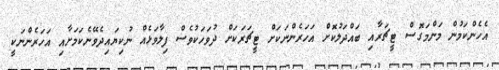
އެހެންކަމުން މަންމަގޮސް ޓީޗަރާއި ބައްދަލުކޮށް އަހަރެންނަކަށް ޓީޗަރަކަށް ދުވަހަކުވެސް ފިލާވަޅެއް ނުކިޔައިދެވޭނެކަމަށާއި އަހަރެންނަކީ